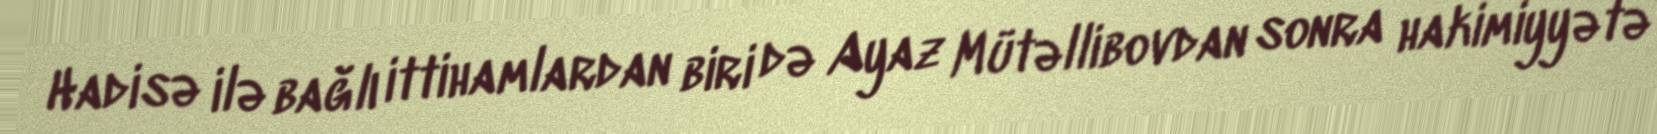
Hadisə ilə bağlı ittihamlardan biri də Ayaz Mütəllibovdan sonra hakimiyyətə